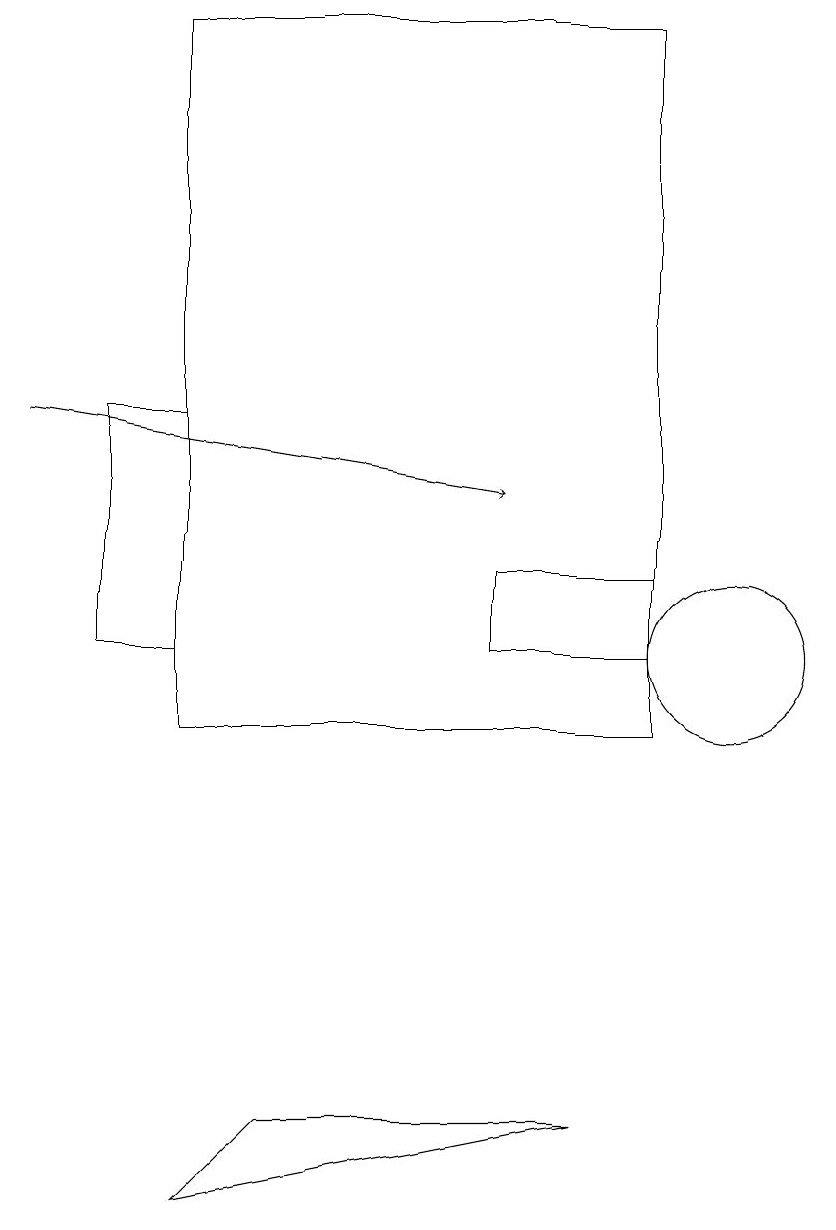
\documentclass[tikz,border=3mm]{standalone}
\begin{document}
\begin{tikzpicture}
\draw (3,14) rectangle (2,11);
\draw (3,4) -- (8,5) -- (4,5) -- cycle;
\draw[->] (1,14) -- (7,13);
\draw (10,11) circle (0);
\draw (9,12) rectangle (7,11);
\draw (3,10) rectangle (9,19);
\draw (10,11) circle (1);
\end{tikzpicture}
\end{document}